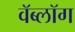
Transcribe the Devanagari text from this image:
वॅब्लॉग